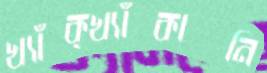
খ্যাঁক্‌খ্যাঁকানি